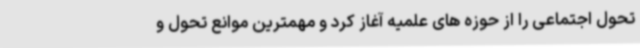
تحول اجتماعی را از حوزه های علمیه آغاز کرد و مهمترین موانع تحول و